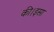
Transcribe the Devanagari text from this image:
की।इसा